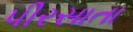
પીરસાતા